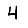
Digit: 4